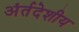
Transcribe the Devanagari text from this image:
अंर्तदेशीय